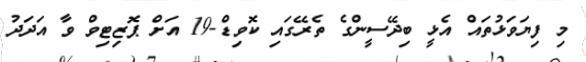
މި ފިޔަވަޅުތައް އެޅީ ބިދޭސީންގެ ތެރޭގައި ކޮވިޑް-19 އަށް ޕޮޒިޓިވް ވާ އަދަދު